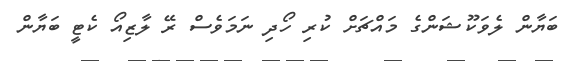
ބަޔާން ލެވަކޫޝަންގެ މައްޗަށް ކުރި ހޯދި ނަމަވެސް ރޭ ލާޒިއޯ ކެޓީ ބަޔާން